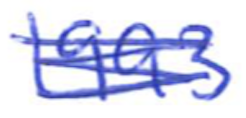
Text: 1993
Cross-out: scratch
Writing tool: ballpoint